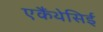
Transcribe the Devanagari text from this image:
एकैंथेसिई